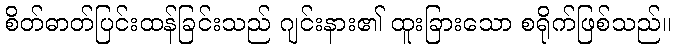
စိတ်ဓာတ်ပြင်းထန်ခြင်းသည် ဂျင်းနား၏ ထူးခြားသော စရိုက်ဖြစ်သည်။